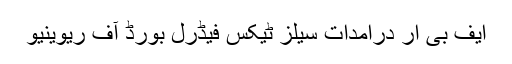
ایف بی آر درآمدات سیلز ٹیکس فیڈرل بورڈ آف ریوینیو